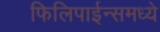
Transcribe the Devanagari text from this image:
फिलिपाईन्समध्ये